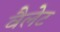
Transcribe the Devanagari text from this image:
वैलेट